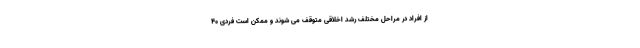
از افراد در مراحل مختلف رشد اخلاقی متوقف می شوند و ممکن است فردی 40